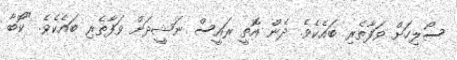
ސޯލިހަށް ވަފާތެރި ބައެކެވެ. ދެން އޮތީ ރައީސް ނަޝީދަށް ވަފާތެރި ބައެކެވެ. "ކޮބާ